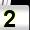
Digit: 2